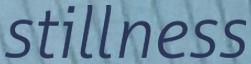
stillness